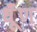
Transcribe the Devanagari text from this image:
धूँण